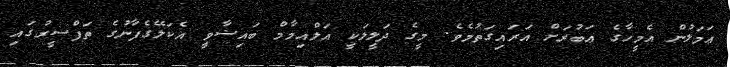
ޢަމަލުން އެމީހާގެ ޢަބުރަށް އަރައިގަތުމެވެ. މީގެ ދަލީލަކީ އަލްއިމާމް ބައިޟާވީ އެކަލޭގެފާނުގެ ތަފްސީރުގައި